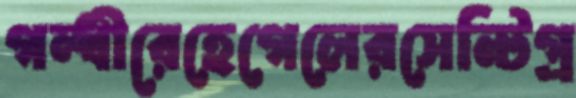
গন্ধীরেহেগেলেরসেন্টিগ্র